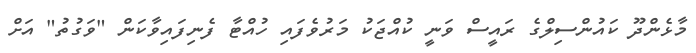
މާޅެންދޫ ކައުންސިލްގެ ރައީސް ވަނީ ކުއްޖަކު މަރުވެފައި ހުއްޓާ ފެނިފައިވާކަން "ވަގުތު" އަށް